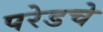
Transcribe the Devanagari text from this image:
परेडचे